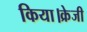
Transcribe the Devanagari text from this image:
किया।क्रेजी